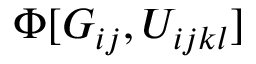
\Phi [ G _ { i j } , U _ { i j k l } ]